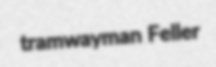
tramwayman Feller